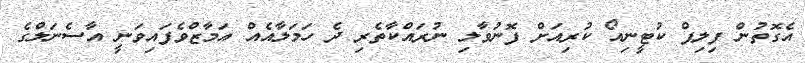
އެގޮތުން ފިލިޕް ކުޓީނިއޯ ކުރިއަށް ފޮނުވާލި ނުރައްކާތެރި ދެ ހަމަލާއެއް އަމާޒްވެފައިވަނީ އާސެނަލްގެ